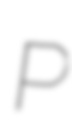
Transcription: P